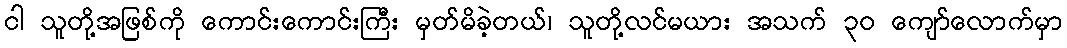
ငါ သူတို့အဖြစ်ကို ကောင်းကောင်းကြီး မှတ်မိခဲ့တယ်၊ သူတို့လင်မယား အသက် ၃၀ ကျော်လောက်မှာ